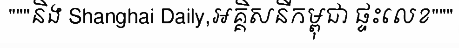
"""និង Shanghai Daily,អគ្គិសនីកម្ពុជា ផ្ទះលេខ"""